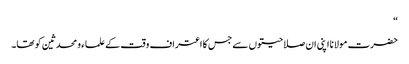
“
حضرت مولانا اپنی ان صلاحیتوں سے جس کا اعتراف وقت کے علماء و محدثین کو تھا۔